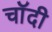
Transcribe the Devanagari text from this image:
चाॅदी